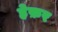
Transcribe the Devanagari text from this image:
हेफ़र